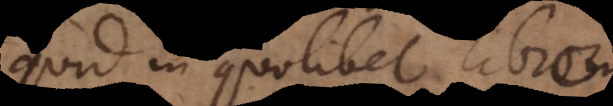
quid in quolibet libro